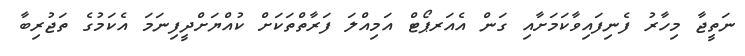
ނަތީޖާ މިހާރު ފެނިފައިވާކަމަށާއި ގަން އެއަރޕޯޓް އަމިއްލަ ފަރާތްތަކަށް ކުއްޔަށްދީފިނަމަ އެކަމުގެ ތަޖުރިބާ